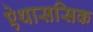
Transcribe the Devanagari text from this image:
ऐथाससिक